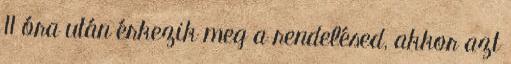
11 óra után érkezik meg a rendelésed, akkor azt